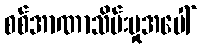
စစ်အာဏာသိမ်းမှုအပေါ်